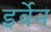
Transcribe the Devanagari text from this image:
इर्वेन